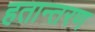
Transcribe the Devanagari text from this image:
हतान्तरण